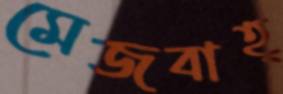
মেজবাহ্